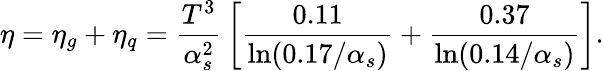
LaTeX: \eta=\eta_{g}+\eta_{q}={\frac{T^{3}}{\alpha_{s}^{2}}}\left[{\frac{0.11}{\ln(0.17/\alpha_{s})}}+{\frac{0.37}{\ln(0.14/\alpha_{s})}}\right].